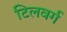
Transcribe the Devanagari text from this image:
टिलवर्ग